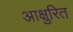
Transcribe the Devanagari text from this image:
आक्षुरित